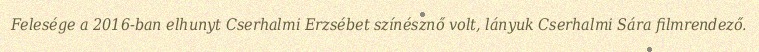
Felesége a 2016-ban elhunyt Cserhalmi Erzsébet színésznő volt, lányuk Cserhalmi Sára filmrendező.